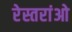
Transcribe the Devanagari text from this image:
रेस्तरांओ